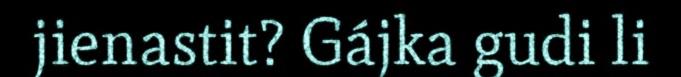
jienastit? Gájka gudi li